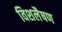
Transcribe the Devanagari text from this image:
विशलैषण